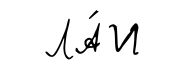
ЛА́И